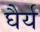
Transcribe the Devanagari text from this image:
घैर्य